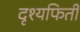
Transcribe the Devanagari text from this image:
दृश्यफिती